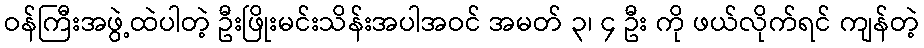
ဝန်ကြီးအဖွဲ့ထဲပါတဲ့ ဦးဖြိုးမင်းသိန်းအပါအဝင် အမတ် ၃၊ ၄ ဦး ကို ဖယ်လိုက်ရင် ကျန်တဲ့